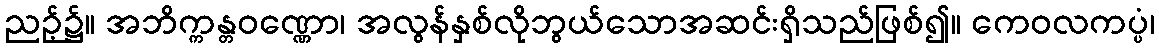
ညဉ့်၌။ အဘိက္ကန္တဝဏ္ဏော၊ အလွန်နှစ်လိုဘွယ်သောအဆင်းရှိသည်ဖြစ်၍။ ကေဝလကပ္ပံ၊